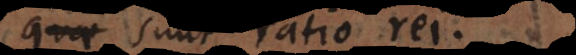
ae sunt ratio rei.